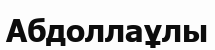
Абдоллаұлы